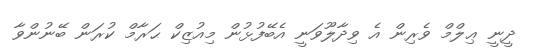
ދީނީ ޢިލްމް ވެރިން އެ ވިދާލޫވަނީ އެބޭފުޅުން މިއުޒިކް ޙަރާމް ކުރަން ބޭނުންވާ